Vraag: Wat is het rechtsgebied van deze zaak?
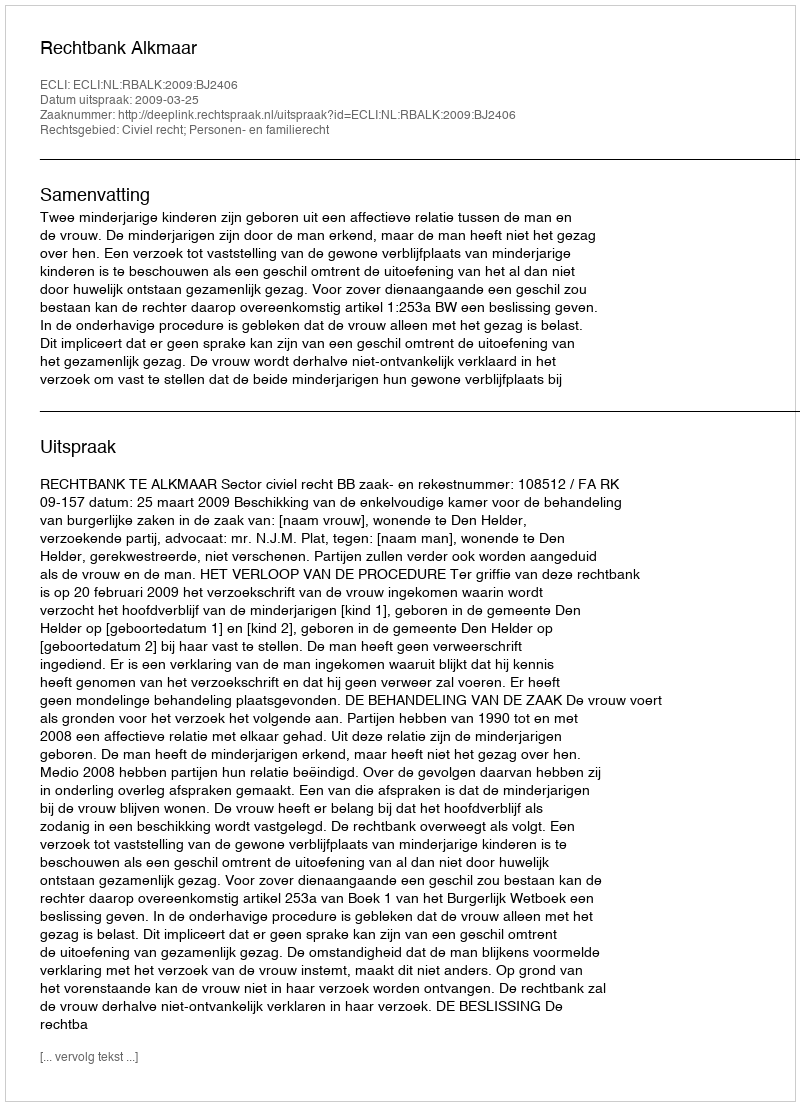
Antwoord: Civiel recht; Personen- en familierecht